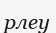
рлеу